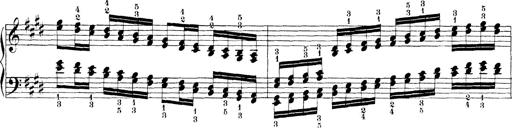
Title: Technische Studien
Composer: Franz Liszt